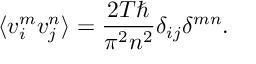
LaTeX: \langle v _ { i } ^ { m } v _ { j } ^ { n } \rangle = \frac { 2 T \hbar } { \pi ^ { 2 } n ^ { 2 } } \delta _ { i j } \delta ^ { m n } .